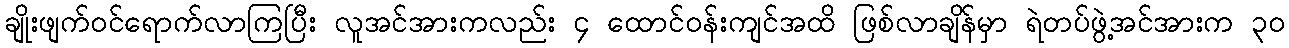
ချိုးဖျက်ဝင်ရောက်လာကြပြီး လူအင်အားကလည်း ၄ ထောင်ဝန်းကျင်အထိ ဖြစ်လာချိန်မှာ ရဲတပ်ဖွဲ့အင်အားက ၃၀